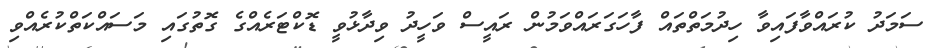
ސަމަދު ކުރައްވާފައިވާ ހިދުމަތްތައް ފާހަގަރައްވަމުން ރައީސް ވަހީދު ވިދާޅުވީ ޑޮކްޓަރެއްގެ ގޮތުގައި މަސައްކަތްކުރެއްވި